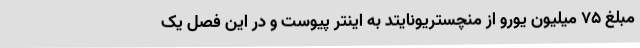
مبلغ ۷۵ میلیون یورو از منچستریونایتد به اینتر پیوست و در این فصل یک